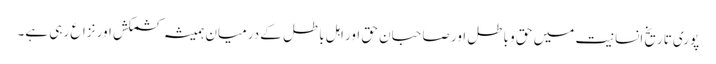
پوری تاریخ انسانیت میں حق و باطل اور صاحبان حق اور اہل باطل کے درمیان ہمیشہ کشمکش اور نزاع رہی ہے۔